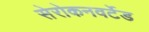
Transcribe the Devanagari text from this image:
सेरोकनवर्टेड